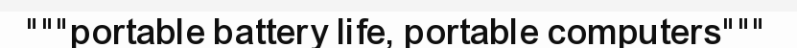
"""portable battery life, portable computers"""